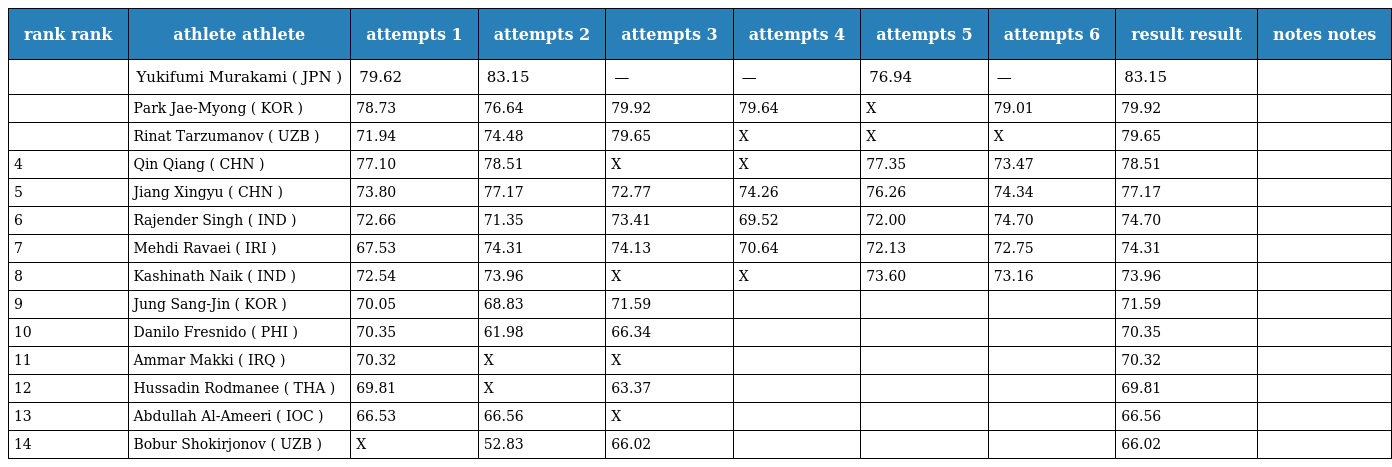
| rank rank | athlete athlete | attempts 1 | attempts 2 | attempts 3 | attempts 4 | attempts 5 | attempts 6 | result result | notes notes |
 | --- | --- | --- | --- | --- | --- | --- | --- | --- | --- |
 |  | Yukifumi Murakami ( JPN ) | 79.62 | 83.15 | — | — | 76.94 | — | 83.15 |  |
 |  | Park Jae-Myong ( KOR ) | 78.73 | 76.64 | 79.92 | 79.64 | X | 79.01 | 79.92 |  |
 |  | Rinat Tarzumanov ( UZB ) | 71.94 | 74.48 | 79.65 | X | X | X | 79.65 |  |
 | 4 | Qin Qiang ( CHN ) | 77.10 | 78.51 | X | X | 77.35 | 73.47 | 78.51 |  |
 | 5 | Jiang Xingyu ( CHN ) | 73.80 | 77.17 | 72.77 | 74.26 | 76.26 | 74.34 | 77.17 |  |
 | 6 | Rajender Singh ( IND ) | 72.66 | 71.35 | 73.41 | 69.52 | 72.00 | 74.70 | 74.70 |  |
 | 7 | Mehdi Ravaei ( IRI ) | 67.53 | 74.31 | 74.13 | 70.64 | 72.13 | 72.75 | 74.31 |  |
 | 8 | Kashinath Naik ( IND ) | 72.54 | 73.96 | X | X | 73.60 | 73.16 | 73.96 |  |
 | 9 | Jung Sang-Jin ( KOR ) | 70.05 | 68.83 | 71.59 |  |  |  | 71.59 |  |
 | 10 | Danilo Fresnido ( PHI ) | 70.35 | 61.98 | 66.34 |  |  |  | 70.35 |  |
 | 11 | Ammar Makki ( IRQ ) | 70.32 | X | X |  |  |  | 70.32 |  |
 | 12 | Hussadin Rodmanee ( THA ) | 69.81 | X | 63.37 |  |  |  | 69.81 |  |
 | 13 | Abdullah Al-Ameeri ( IOC ) | 66.53 | 66.56 | X |  |  |  | 66.56 |  |
 | 14 | Bobur Shokirjonov ( UZB ) | X | 52.83 | 66.02 |  |  |  | 66.02 |  |